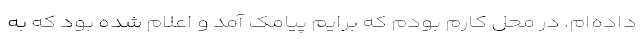
داده‌ام. در محل کارم بودم که برایم پیامک آمد و اعلام شده بود که به